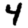
Digit: 4